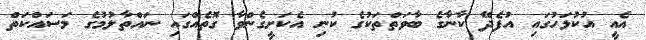
އެއީ އުކުޅަހުގައި އުފެދޭ ކާނާގެ ބާވަތްތަކުގެ ކުނި އެކަށީގެންވާ ގޮތެއްގައި ނައްތާލުމުގެ މަސައްކަތް